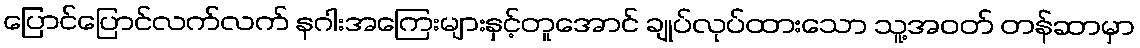
ပြောင်ပြောင်လက်လက် နဂါးအကြေးများနှင့်တူအောင် ချုပ်လုပ်ထားသော သူ့အဝတ် တန်ဆာမှာ